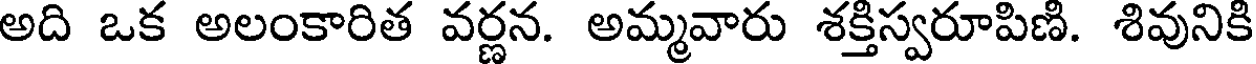
అది ఒక అలంకారిత వర్ణన. అమ్మవారు శక్తిస్వరూపిణి. శివునికి